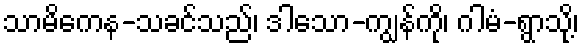
သာမိကေန-သခင်သည်၊ ဒါသော-ကျွန်ကို၊ ဂါမံ-ရွာသို့၊